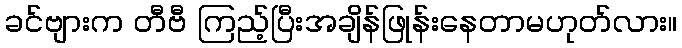
ခင်ဗျားက တီဗီ ကြည့်ပြီးအချိန်ဖြုန်းနေတာမဟုတ်လား။